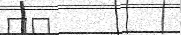
٣٠